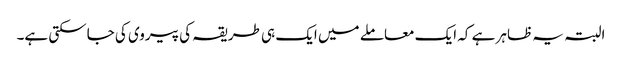
البتہ یہ ظاہر ہے کہ ایک معاملے میں ایک ہی طریقہ کی پیروی کی جاسکتی ہے۔